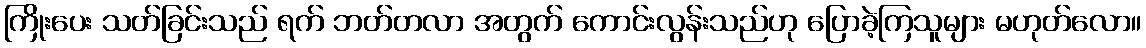
ကြိုးပေး သတ်ခြင်းသည် ရက် ဘတ်တလာ အတွက် ကောင်းလွန်းသည်ဟု ပြောခဲ့ကြသူများ မဟုတ်လော။